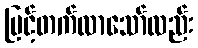
မြင့်တက်လာသော်လည်း